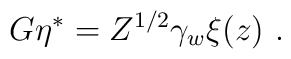
G \eta^* = Z^{1/2} \gamma_w \xi(z)\ .